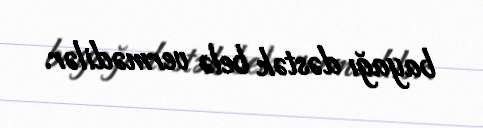
bayağı dəstək belə vermədilər.